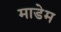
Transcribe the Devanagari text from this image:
माडेम